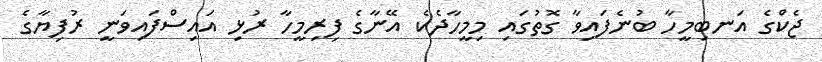
ޖެކްގެ އަނބިމީހާ ބުނެފައިވާ ގޮތުގައި މިމީހާދެކެ އޭނާގެ ފިރިމީހާ ރުޅި އައިސްފައިވަނީ ރުފިޔާގެ